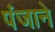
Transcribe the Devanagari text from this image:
पंजाने